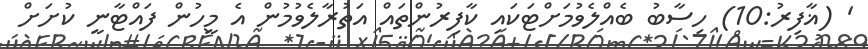
' (ޣާފިރު:10) ހިސާބު ބެއްލެވުމަށްޓަކައި ކާފިރުންތައް އަތުރާލެވުމުން އެ މީހުން ފައްޓާނީ ކުށަށް